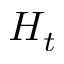
H _ { t }